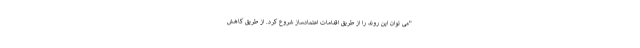
"می توان این روند را از طریق اقدامات اعتمادساز شروع کرد. از طریق کاهش